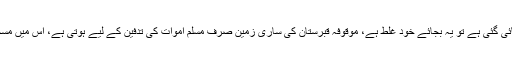
اور اگر عیدگاہ خود موقوفہ قبرستان میں بنائی گئی ہے تو یہ بجائے خود غلط ہے، موقوفہ قبرستان کی ساری زمین صرف مسلم اموات کی تدفین کے لیے ہوتی ہے، اس میں مسجد، مدرسہ یا عیدگاہ وغیرہ بنانا جائز نہیں۔